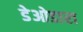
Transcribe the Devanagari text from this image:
डेओडारा